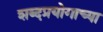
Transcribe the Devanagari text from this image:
शब्दप्रयोगाच्या